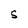
Character: S